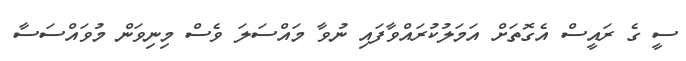
ސީ ގެ ރައީސް އެގޮތަށް އަމަލުކުރައްވާފައި ނުވާ މައްސަލަ ވެސް މިނިވަން މުވައްސަސާ